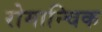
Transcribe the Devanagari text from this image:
रोमान्चिक